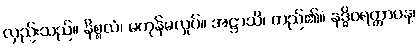
လှည်းသည်။ နိစ္စလံ၊ မကုန်မလှုပ်။ အဋ္ဌာသိ၊ တည်၏။ နဒ္ဓိဝရတ္တာပန၊